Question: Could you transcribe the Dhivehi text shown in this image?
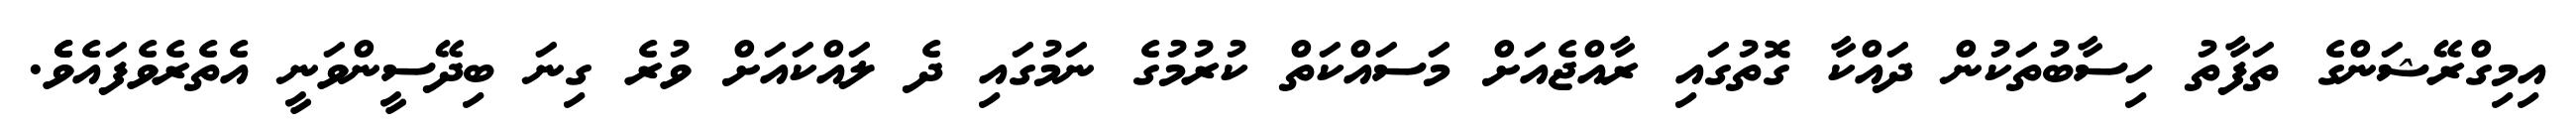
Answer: އިމިގްރޭޝަންގެ ތަފާތު ހިސާބުތަކުން ދައްކާ ގޮތުގައި ރާއްޖެއަށް މަސައްކަތް ކުރުމުގެ ނަމުގައި ދެ ލައްކައަށް ވުރެ ގިނަ ބިދޭސީންވަނީ އެތެރެވެފައެވެެ.